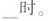
___时。